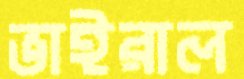
ভাইরাল